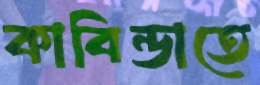
কাবিন্ডাতে